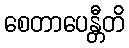
စေတာပေန္တီတိ